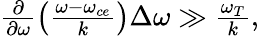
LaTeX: \begin{array}{r}{\frac{\partial}{\partial\omega}\left(\frac{\omega-\omega_{ce}}{k}\right)\Delta\omega\gg\frac{\omega_{T}}{k},}\end{array}